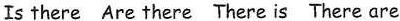
Is there Are there There is There are